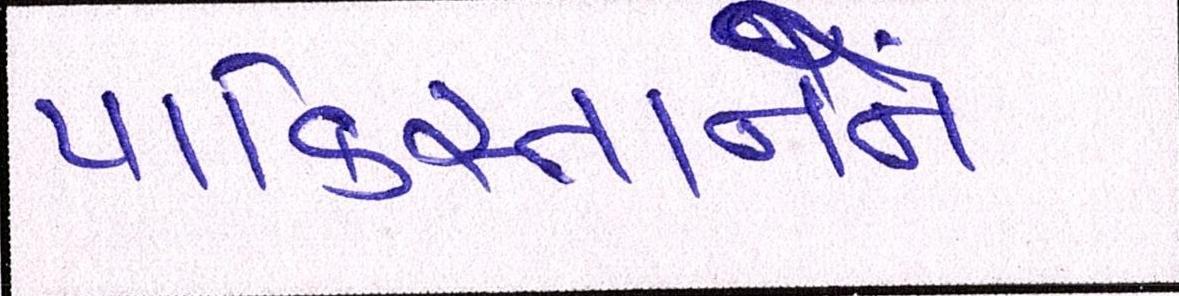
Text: પાકિસ્તાનને